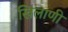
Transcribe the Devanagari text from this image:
खिलाणी